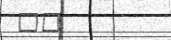
١٣